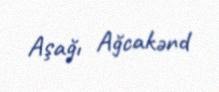
Aşağı Ağcakənd